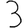
Digit: 3